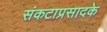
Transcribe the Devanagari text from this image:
संकटाप्रसादके